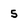
Character: 5